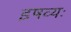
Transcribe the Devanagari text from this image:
इषव्यः